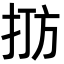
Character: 𪭫